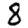
Digit: 8